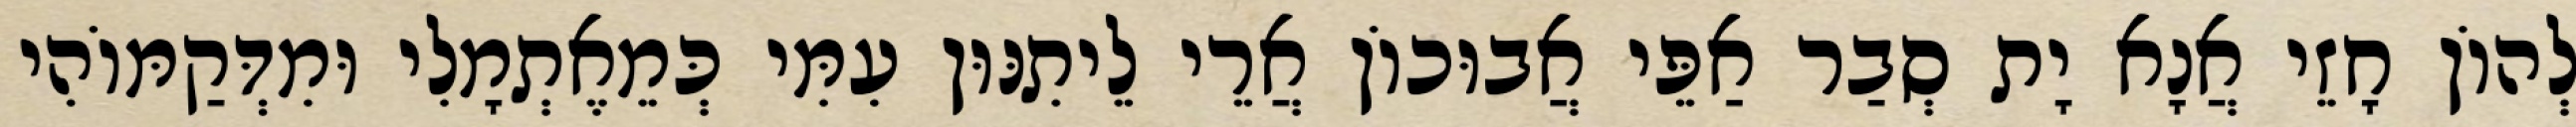
לְהוֹן חָזֵי אֲנָא יָת סְבַר אַפֵּי אֲבוּכוֹן אֲרֵי לֵיתִנּוּן עִמִּי כְּמֵאֶתְמָלִי וּמִדְּקַמּוֹהִי